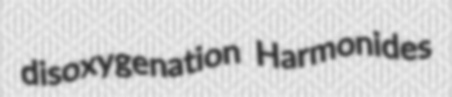
disoxygenation Harmonides